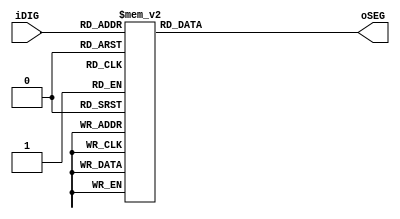
// --------------------------------------------------------------------
// Copyright (c) 2007 by Terasic Technologies Inc. 
// --------------------------------------------------------------------
//
// Permission:
//
//   Terasic grants permission to use and modify this code for use
//   in synthesis for all Terasic Development Boards and Altera Development 
//   Kits made by Terasic.  Other use of this code, including the selling 
//   ,duplication, or modification of any portion is strictly prohibited.
//
// Disclaimer:
//
//   This VHDL/Verilog or C/C++ source code is intended as a design reference
//   which illustrates how these types of functions can be implemented.
//   It is the user's responsibility to verify their design for
//   consistency and functionality through the use of formal
//   verification methods.  Terasic provides no warranty regarding the use 
//   or functionality of this code.
//
// --------------------------------------------------------------------
//           
//                     Terasic Technologies Inc
//                     356 Fu-Shin E. Rd Sec. 1. JhuBei City,
//                     HsinChu County, Taiwan
//                     302
//
//                     web: http://www.terasic.com/
//
// --------------------------------------------------------------------
//
// Major Functions:	SEG7_LUT
//
// --------------------------------------------------------------------
//
// Revision History :
// --------------------------------------------------------------------
//   Ver  :| Author            :| Mod. Date :| Changes Made:
//   V1.0 :| Johnny FAN        :| 07/07/09  :| Initial Revision
// --------------------------------------------------------------------

module SEG7_LUT	(	oSEG,iDIG	);
input	[3:0]	iDIG;
output	[6:0]	oSEG;
reg		[6:0]	oSEG;

always @(iDIG)
begin
		case(iDIG)
		4'h1: oSEG = 7'b1111001;	// ---t----
		4'h2: oSEG = 7'b0100100; 	// |	  |
		4'h3: oSEG = 7'b0110000; 	// lt	 rt
		4'h4: oSEG = 7'b0011001; 	// |	  |
		4'h5: oSEG = 7'b0010010; 	// ---m----
		4'h6: oSEG = 7'b0000010; 	// |	  |
		4'h7: oSEG = 7'b1111000; 	// lb	 rb
		4'h8: oSEG = 7'b0000000; 	// |	  |
		4'h9: oSEG = 7'b0011000; 	// ---b----
		4'ha: oSEG = 7'b0001000;
		4'hb: oSEG = 7'b0000011;
		4'hc: oSEG = 7'b1000110;
		4'hd: oSEG = 7'b0100001;
		4'he: oSEG = 7'b0000110;
		4'hf: oSEG = 7'b0001110;
		4'h0: oSEG = 7'b1000000;
		endcase
end

endmodule